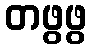
တဖွဖွ